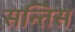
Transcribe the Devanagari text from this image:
सन्तिस